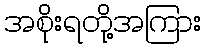
အစိုးရတို့အကြား